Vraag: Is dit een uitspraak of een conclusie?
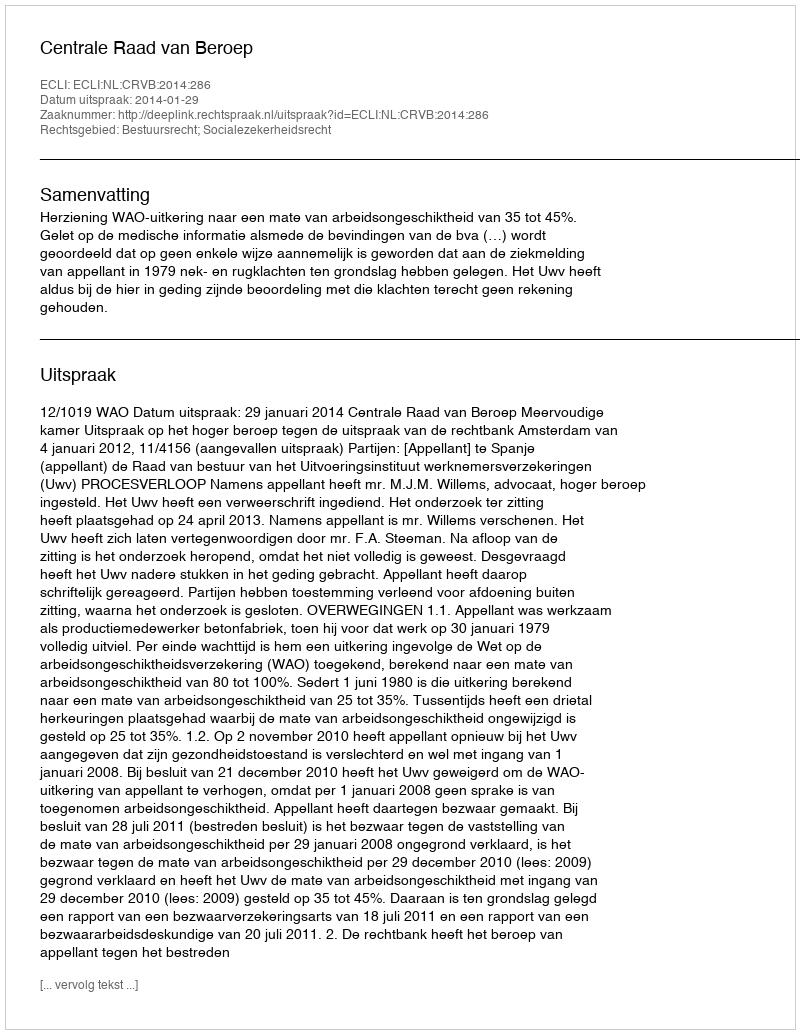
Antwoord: Uitspraak